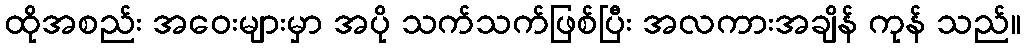
ထိုအစည်း အဝေးများမှာ အပို သက်သက်ဖြစ်ပြီး အလကားအချိန် ကုန် သည်။